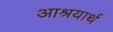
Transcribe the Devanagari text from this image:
आश्रयार्थ